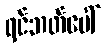
ရင်ဘတ်ပေါ်